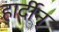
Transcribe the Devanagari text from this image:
हार्दीन्